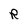
Character: R